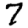
Digit: 7